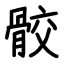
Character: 骹